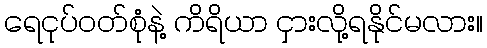
ရေငုပ်ဝတ်စုံနဲ့ ကိရိယာ ငှားလို့ရနိုင်မလား။